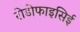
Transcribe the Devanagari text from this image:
रोडोफाइसिई